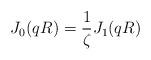
LaTeX: \begin{align*}J_0(qR) = \frac{1}{\zeta} J_1(qR) \end{align*}